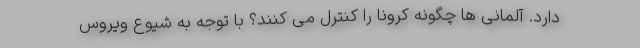
دارد. آلمانی ها چگونه کرونا را کنترل می کنند؟ با توجه به شیوع ویروس